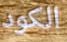
الكود